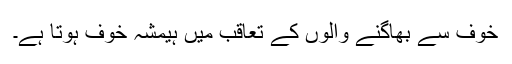
خوف سے بھاگنے والوں کے تعاقب میں ہیمشہ خوف ہوتا ہے۔